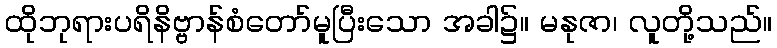
ထိုဘုရားပရိနိဗ္ဗာန်စံတော်မူပြီးသော အခါ၌။ မနုဇာ၊ လူတို့သည်။